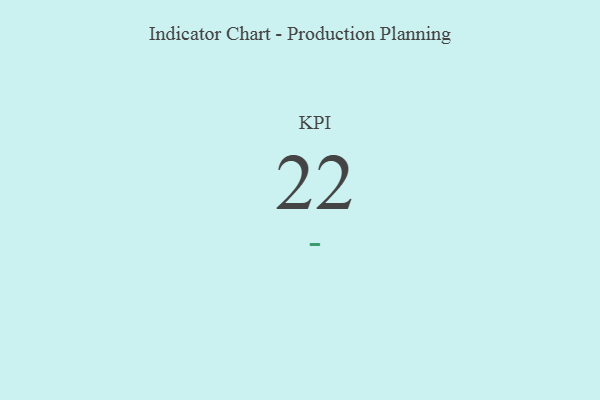
{"axis": {"x": "KPI", "y": "Value"}, "legend": [""], "data": [{"x": "KPI", "y": 22, "type": ""}]}